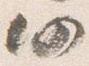
仍